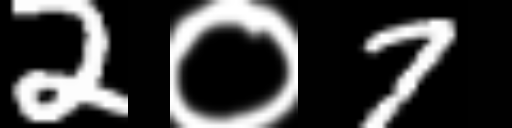
Text: 2०7